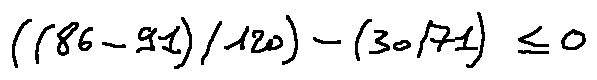
( ( 8 6 - 9 1 ) / 1 2 0 ) - ( 3 0 / 7 1 ) \leq 0